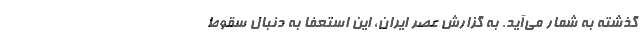
گذشته به شمار می‌آید. به گزارش عصر ایران، این استعفا به دنبال سقوط